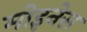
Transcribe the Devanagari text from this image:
मोइनेस